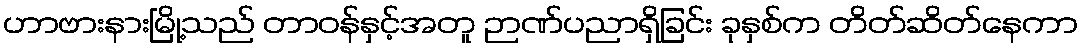
ဟာဗားနားမြို့သည် တာဝန်နှင့်အတူ ဉာဏ်ပညာရှိခြင်း ခုနှစ်က တိတ်ဆိတ်နေကာ